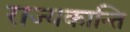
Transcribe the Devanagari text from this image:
राज्यकान्ति